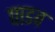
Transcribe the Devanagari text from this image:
पाडव